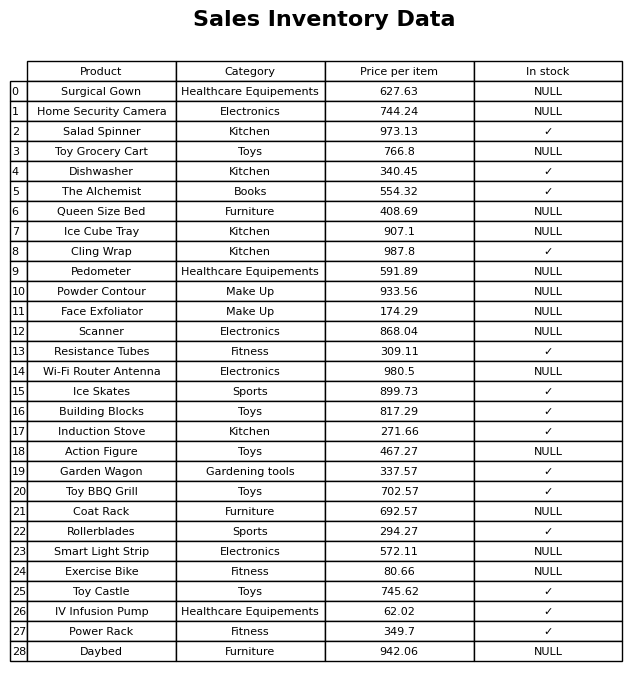
question: What is the stock status of the Cling Wrap?
answer: ✓